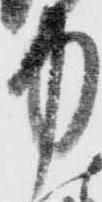
中